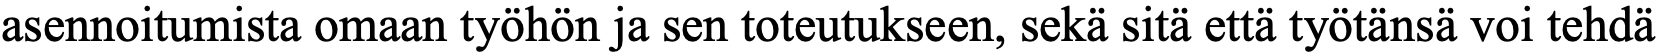
asennoitumista omaan työhön ja sen toteutukseen, sekä sitä että työtänsä voi tehdä